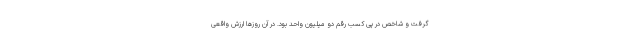
گرفت و شاخص در پی کسب رقم دو میلیون واحد بود. در آن روزها ارزش واقعی